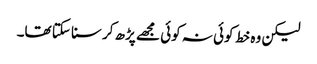
لیکن وہ خط کوئی نہ کوئی مجھے پڑھ کر سنا سکتا تھا۔